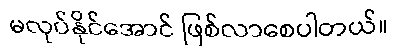
မလုပ်နိုင်အောင် ဖြစ်လာစေပါတယ်။